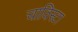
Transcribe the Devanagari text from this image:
चाविस्टा